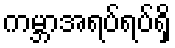
ကမ္ဘာအရပ်ရပ်ရှိ